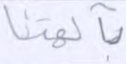
بآلهتنا